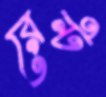
রেন্ট